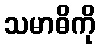
သမာဓိကို